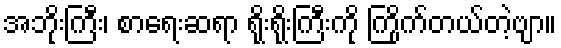
အဘိုးကြီး၊ စာရေးဆရာ ရိုးရိုးကြီးကို ကြိုက်တယ်တဲ့ဗျာ။